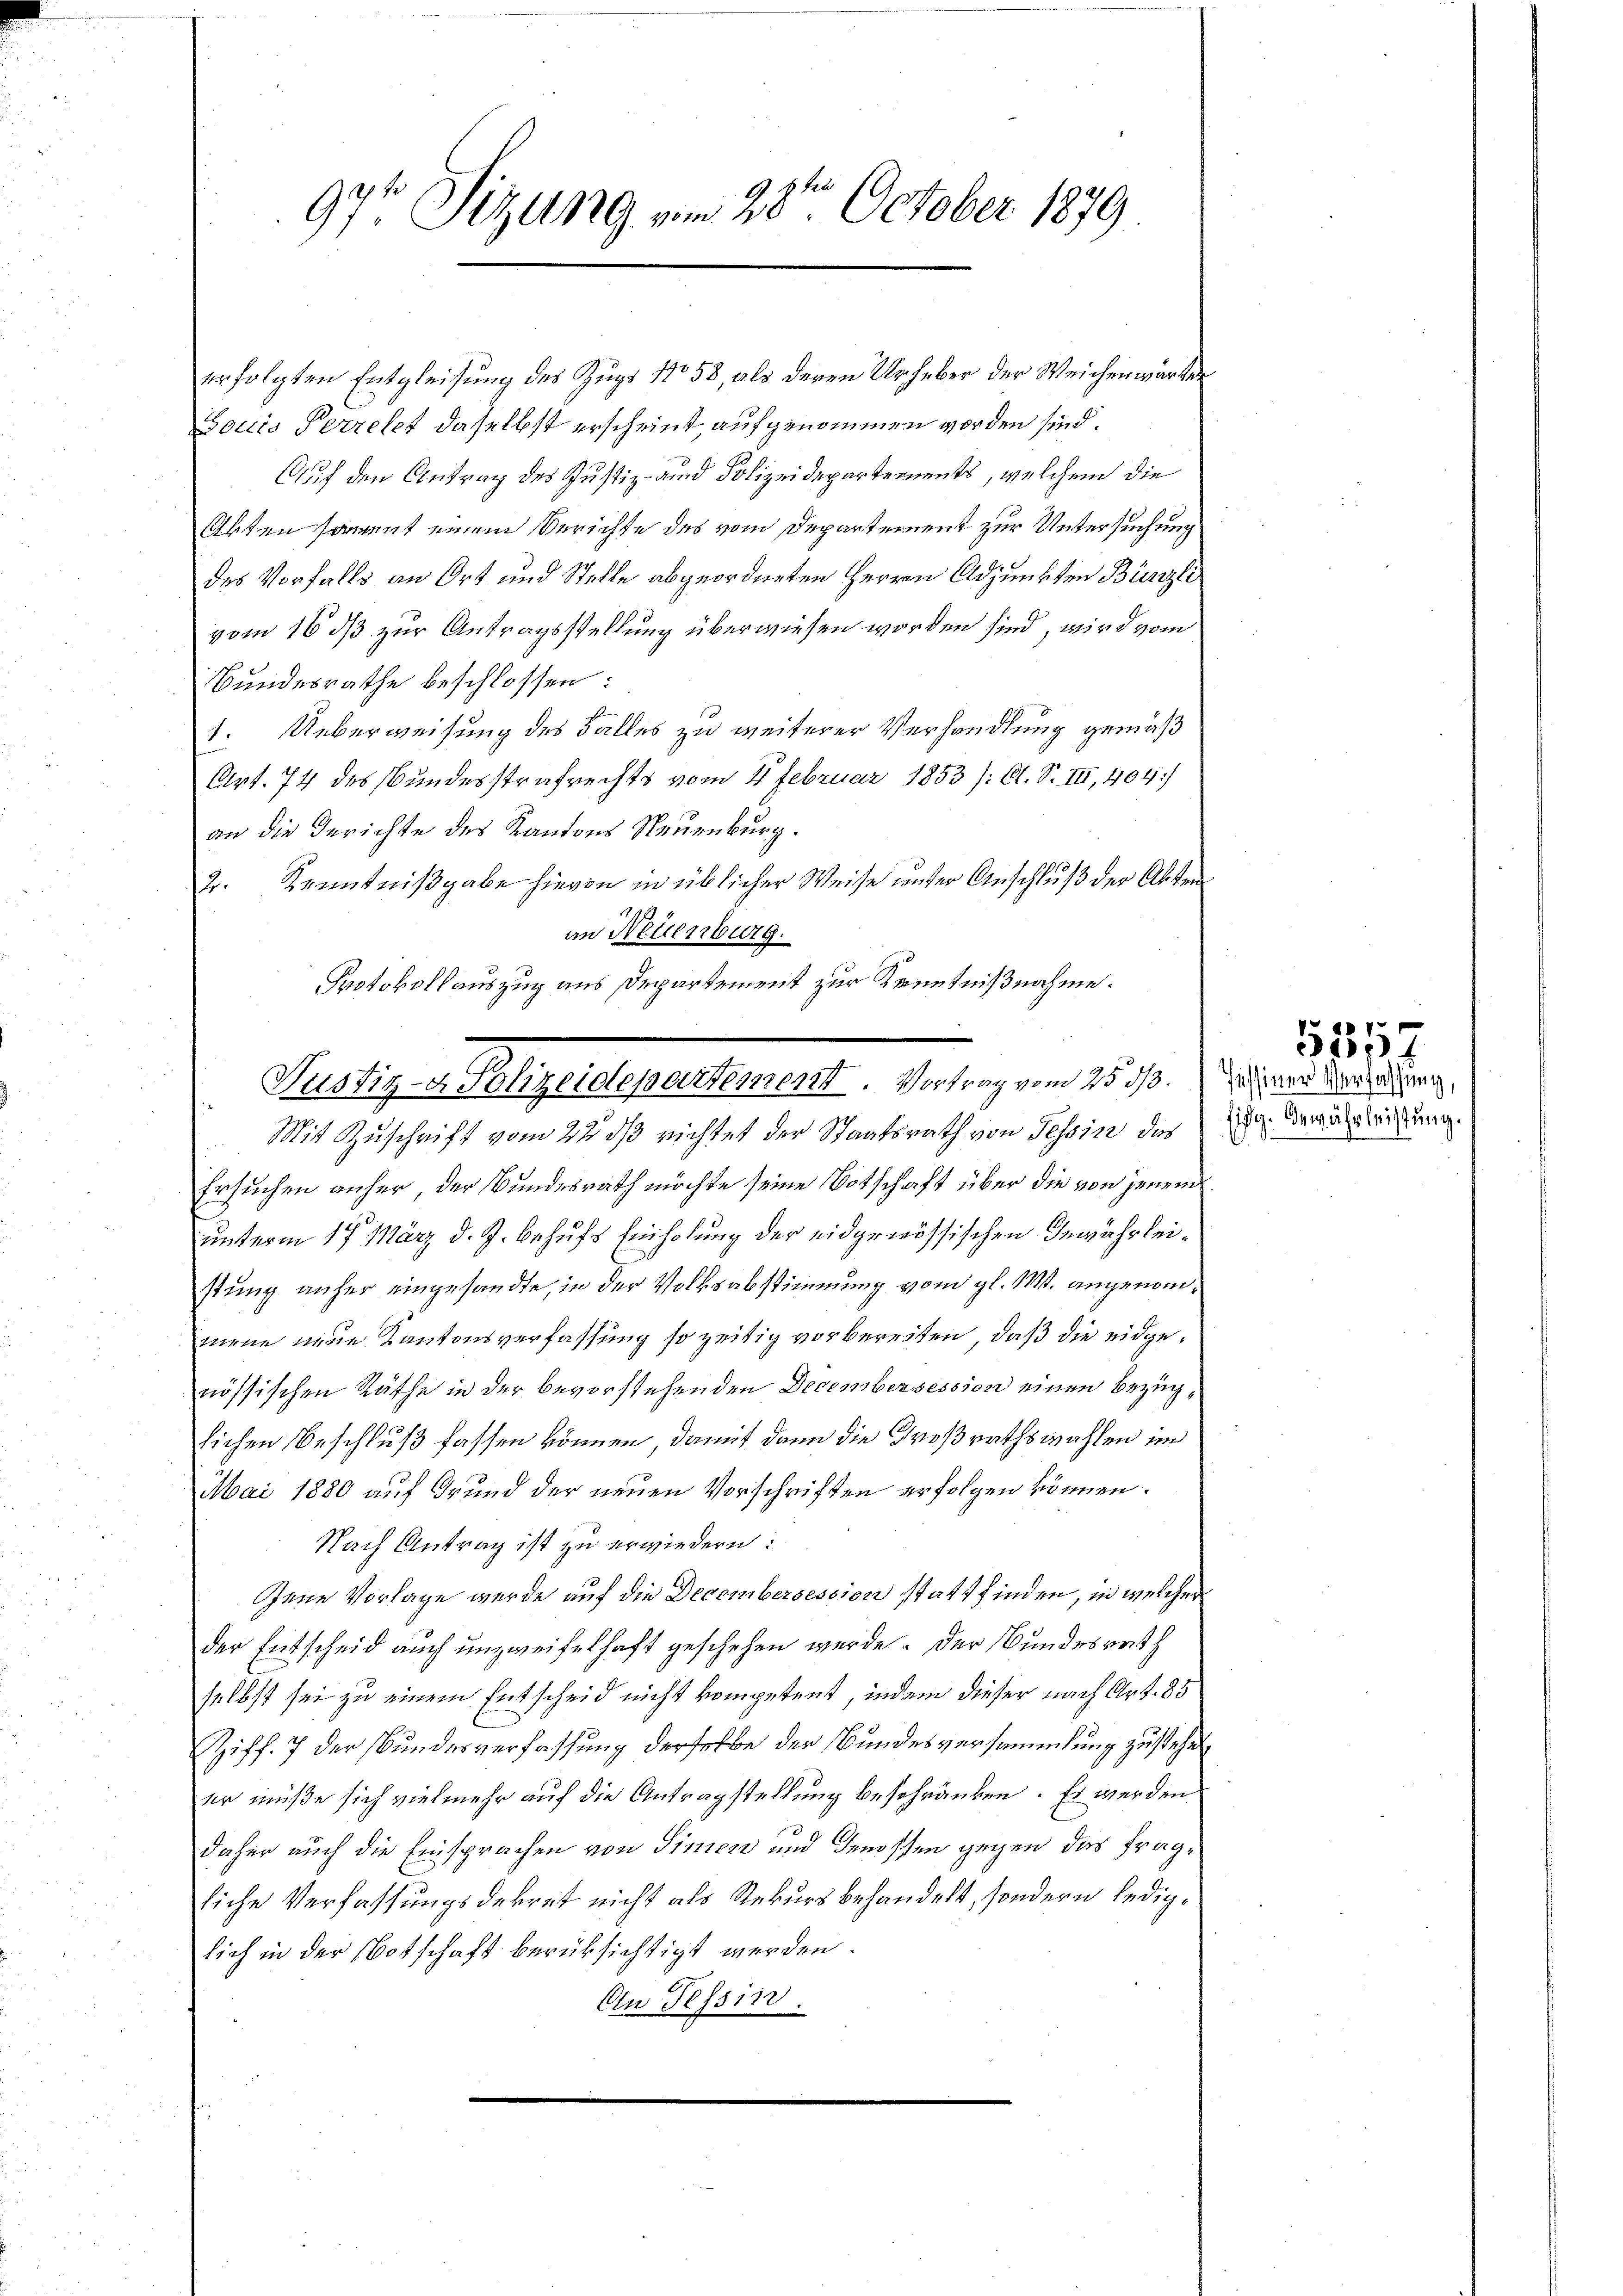
97t Sitzung vom 28ten October 1879

erfolgten Entgleisung des Zugs No 58, als deren Urheber der Weichenwärter
Soctis Perrelet dasselbst erscheint, aufgenommen worden sind.
Auf den Antrag des Justiz- und Polizeidepartements, welchem die
Akten sammt einem Berichte des vom Departement zur Untersuchung
des Vorfalls an Ort und Stelle abgeordneten Herrn Adjunkten Bünzli
vom 16 ds zur Antragsstellung überwiesen worden sind, wird vom
Bundesrathe beschlossen:
1. Ueberweisung des Falles zu weiterer Verhandlung gemäß
Art. 74 des Bundesstrafrechts vom 2 Februar 1853 /: Cl. S. III, 404/
an die Gerichte des Kantons Neuenburg.
2r. Kenntnißgabe hievon in üblicher Weise unter Anschluß der Akten
an Neuenburg.
Protokollauszug aus Departement zur Kenntnißnahme.

Mit Zuschrift vom 22. ds richtet der Staatsrath von Tessin der die Bewährlichung.
Ersuchen anher, der Bundesrath möchte seine Botschaft über die von jenem
unterm 17. März d. J. behufs Einholung der eidgenössischen Gewährleistung anher eingesandte, in der Volksabstimmung vom gl. M. angenommene neue Kantonsverfassung so zeitig vorbereiten, daß die eidgenössischen Räthe in der bevorstehenden Decembersession einen Bezuglichen Beschluß fassen können, damit dann die Großrathswahlen im
Mai 1880 auf Grund der neuen Vorschriften erfolgen können.
Nach Antrag ist zu erwiedern:
Jene Vorlage wurde auf die Decembersession statt finden, in welcher
der Entscheid auch unzweifelhaft geschehen werde. Der Bundesrath
selbst sei zu einem Entscheid nicht kompetent, indem dieser nach Art. 85
Ziff. 7 der Bundesverfassung derselbe der Bundesversammlung zu stehen
er müße sich vielmehr auf die Antragstellung beschränken. Es werden
daher auch die Einsprachen von Sinen und Genossen gegen das fragliche Verfassungsdekret nicht als Rekurs behandelt, sondern lediglich in der Botschaft berüksichtigt werden.
Au Tessin

Pellig als eigelegensteueret, Meter von 1817.

535

Pessiner Verfassung,